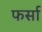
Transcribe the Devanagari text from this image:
फर्सा